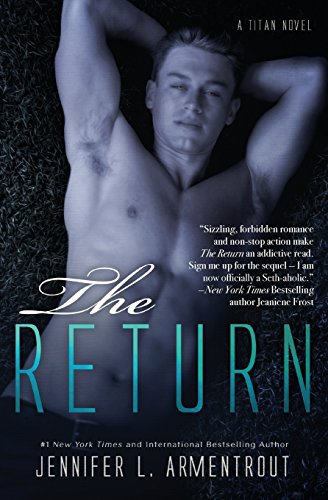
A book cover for The Return: A Titan Novel; Jennifer L. Armentrout; Romance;